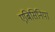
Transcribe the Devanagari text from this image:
एबिसिनिया